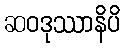
ဆဝဒုဿာနိပိ